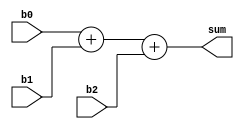
module add_three_bytes(
	input [7:0] b0,
	input [7:0] b1,
	input [7:0] b2,
	output [9:0] sum
	);

	assign sum = b0 + b1 + b2;
endmodule